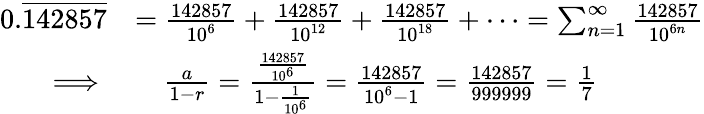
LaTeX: {\begin{array}{rl}{0.{\overline{{142857}}}}&{={\frac{142857}{10^{6}}}+{\frac{142857}{10^{12}}}+{\frac{142857}{10^{18}}}+\cdots=\sum_{n=1}^{\infty}{\frac{142857}{10^{6n}}}}\\ {\implies}&{\quad{\frac{a}{1-r}}={\frac{\frac{142857}{10^{6}}}{1-{\frac{1}{10^{6}}}}}={\frac{142857}{10^{6}-1}}={\frac{142857}{999999}}={\frac{1}{7}}}\end{array}}